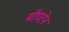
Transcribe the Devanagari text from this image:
मॉण्टेन